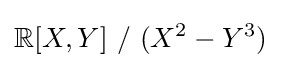
\mathbb {R} [X,Y]\ /\ (X^{2}-Y^{3})